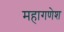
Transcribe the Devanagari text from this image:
महागणेश